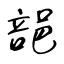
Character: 郶